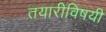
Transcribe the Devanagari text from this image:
तयारीविषयी